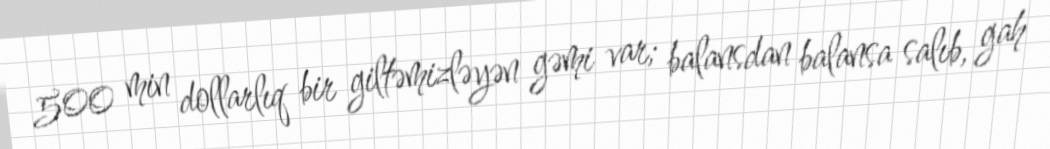
500 min dollarlıq bir giltəmizləyən gəmi var; balansdan balansa salıb, gah